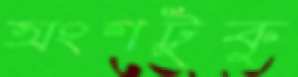
অংশটুকু